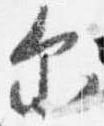
示